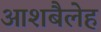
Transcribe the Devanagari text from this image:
आशबैलेह